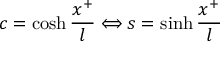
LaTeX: c = \cosh \frac { x ^ { + } } { l } \Longleftrightarrow s = \sinh \frac { x ^ { + } } { l }